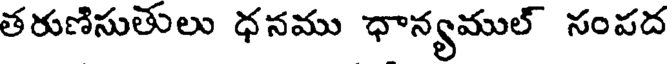
తరుణిసుతులు ధనము ధాన్యముల్ సంపద